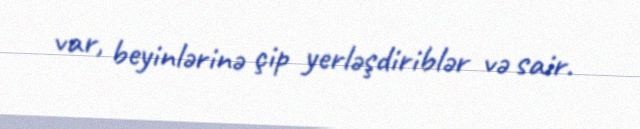
var, beyinlərinə çip yerləşdiriblər və sair.